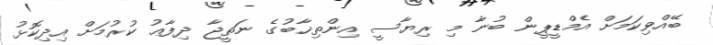
ބޭއްވިކަމަށް އެމްޑީޕީން ބުނާ މި ރިޔާސީ އިންތިޚާބުގެ ނަތީޖާ ދިފާޢު ކުރުމަށް އިދިކޮޅު